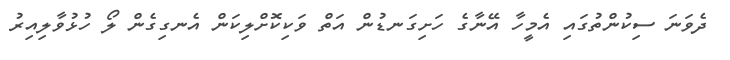
ދެވަނަ ސިކުންތުގައި އެމީހާ އޭނާގެ ހަށިގަނޑުން އަތް ވަކިކޮށްލިކަން އެނގިގެން ލޯ ހުޅުވާލިއިރު